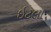
ઇટલા